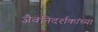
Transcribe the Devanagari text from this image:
जैवनिदर्शकांच्या